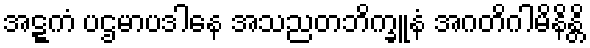
အဋ္ဋကံ ပဌမာပဒါနေ အသညတဘိက္ခူနံ အဂတိဂါမိနိန္တိ